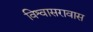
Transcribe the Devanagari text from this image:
विश्वासरावास